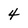
Character: 4